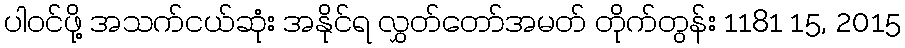
ပါဝင်ဖို့ အသက်ငယ်ဆုံး အနိုင်ရ လွှတ်တော်အမတ် တိုက်တွန်း 1181 15, 2015